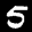
Label: 5